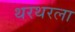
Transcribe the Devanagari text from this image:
थरथरला